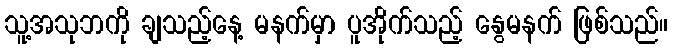
သူ့အသုဘကို ချသည့်နေ့ မနက်မှာ ပူအိုက်သည့် နွေမနက် ဖြစ်သည်။